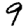
Digit: 9